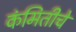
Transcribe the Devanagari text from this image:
कंमितीचे